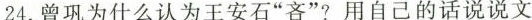
24.曾为什么认为王安石”吝”?用自己的话说说文